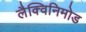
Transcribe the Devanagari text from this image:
लैक्विनिमोड